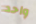
واحد